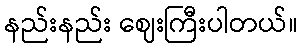
နည်းနည်း ဈေးကြီးပါတယ်။